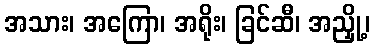
အသား၊ အကြော၊ အရိုး၊ ခြင်ဆီ၊ အညှို့၊